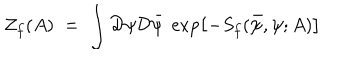
{ \mathcal Z } _ { f } ( A ) \; = \; \int { \mathcal D } \psi { \mathcal D } { \bar { \psi } } \; \exp \left[ - S _ { f } ( { \bar { \psi } } , \psi ; A ) \right]